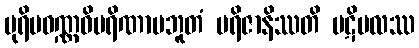
ပုရိမဝဏ္ဏဝိပရိဏာမဘူတံ ပရိဇာနိဿတိ ပဋိဗလဿ